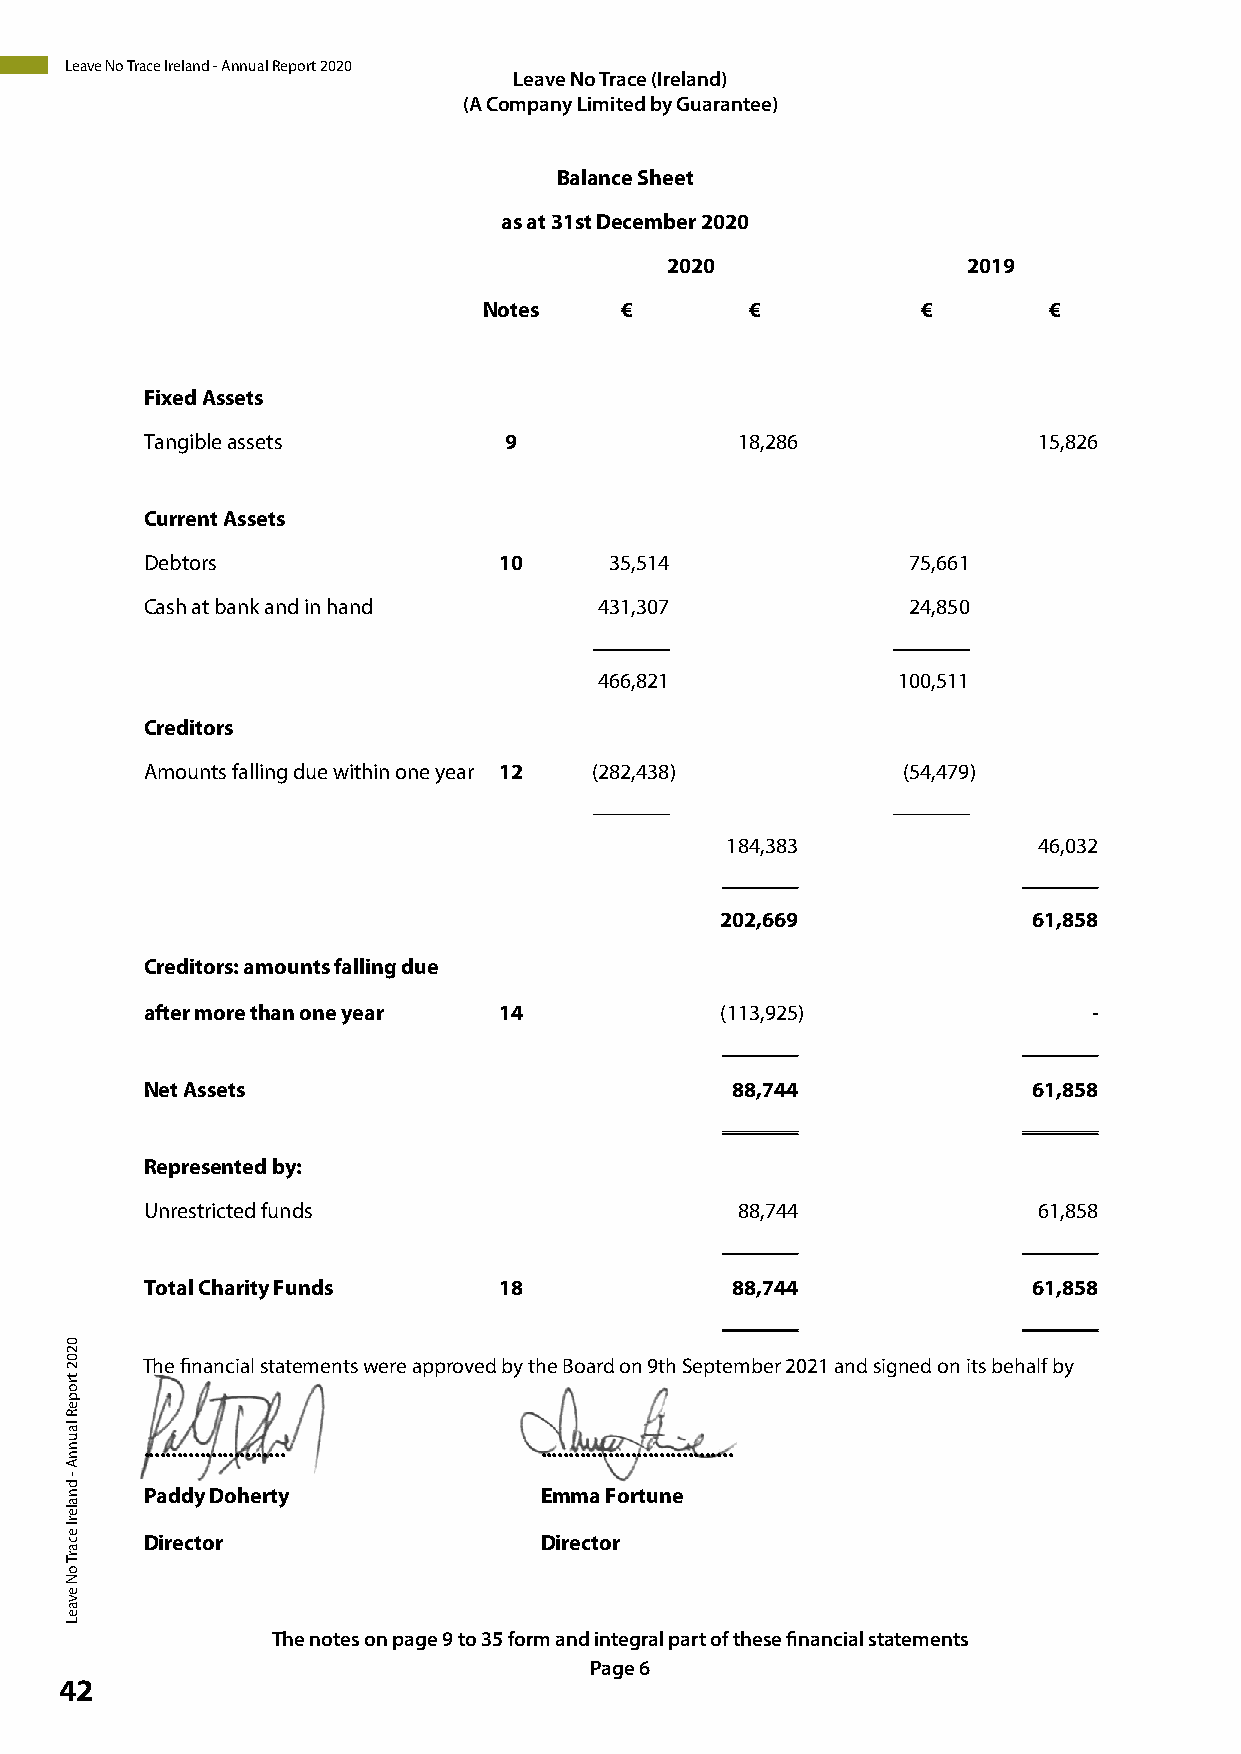
Leave No Trace Ireland - Annual Report 2020
 LLeeaavvee NNoo TTrarcaec e(I r(eIrlaenladn)d)
 (( AA C Co om mp pa an ny
 y
 L Lim imit ie td
 e
 db y
 b
 yG u Ga ura an rate ne t)
 ee)
 Balance Sheet
 as at 31st December 2020
 2020                2019
 Notes    €        €          €       €
 Fixed Assets
 Tangible assets        9               18,286              15,826
 Current Assets
 Debtors                10     35,514              75,661
 Cash at bank and in hand      431,307             24,850
 _______             _______
 466,821            100,511
 Creditors
 Amounts falling due within one year 12 (282,438)  (54,479)
 _______             _______
 184,383              46,032
 _______             _______
 202,669             61,858
 Creditors: amounts falling due
 after more than one year 14           (113,925)               -
 _______             _______
 Net Assets                            88,744              61,858
 _______             _______
 Represented by:
 Unrestricted funds                     88,744              61,858
 _______             _______
 Total Charity Funds    18             88,744              61,858
 _______             _______
 The financial statements were approved by the Board on 9th September 2021 and signed on its behalf by
 The financial statements were approved by the Board on and signed on its behalf by
 ......................... ..................................
 Paddy Doherty             Emma Fortune
 Director                  Director
 TThhe en nootetse so onn p paaggese 190 t oto 3 351 f ofromrm a nadn iinntteeggrraal lp paartr to of ft htehsees efi fniannacnicaila slt asttaetmemenetnsts.
 PPaaggee 67
 42
 0202
 tropeR
 launnA
 -
 dnalerI
 ecarT
 oN
 evaeL